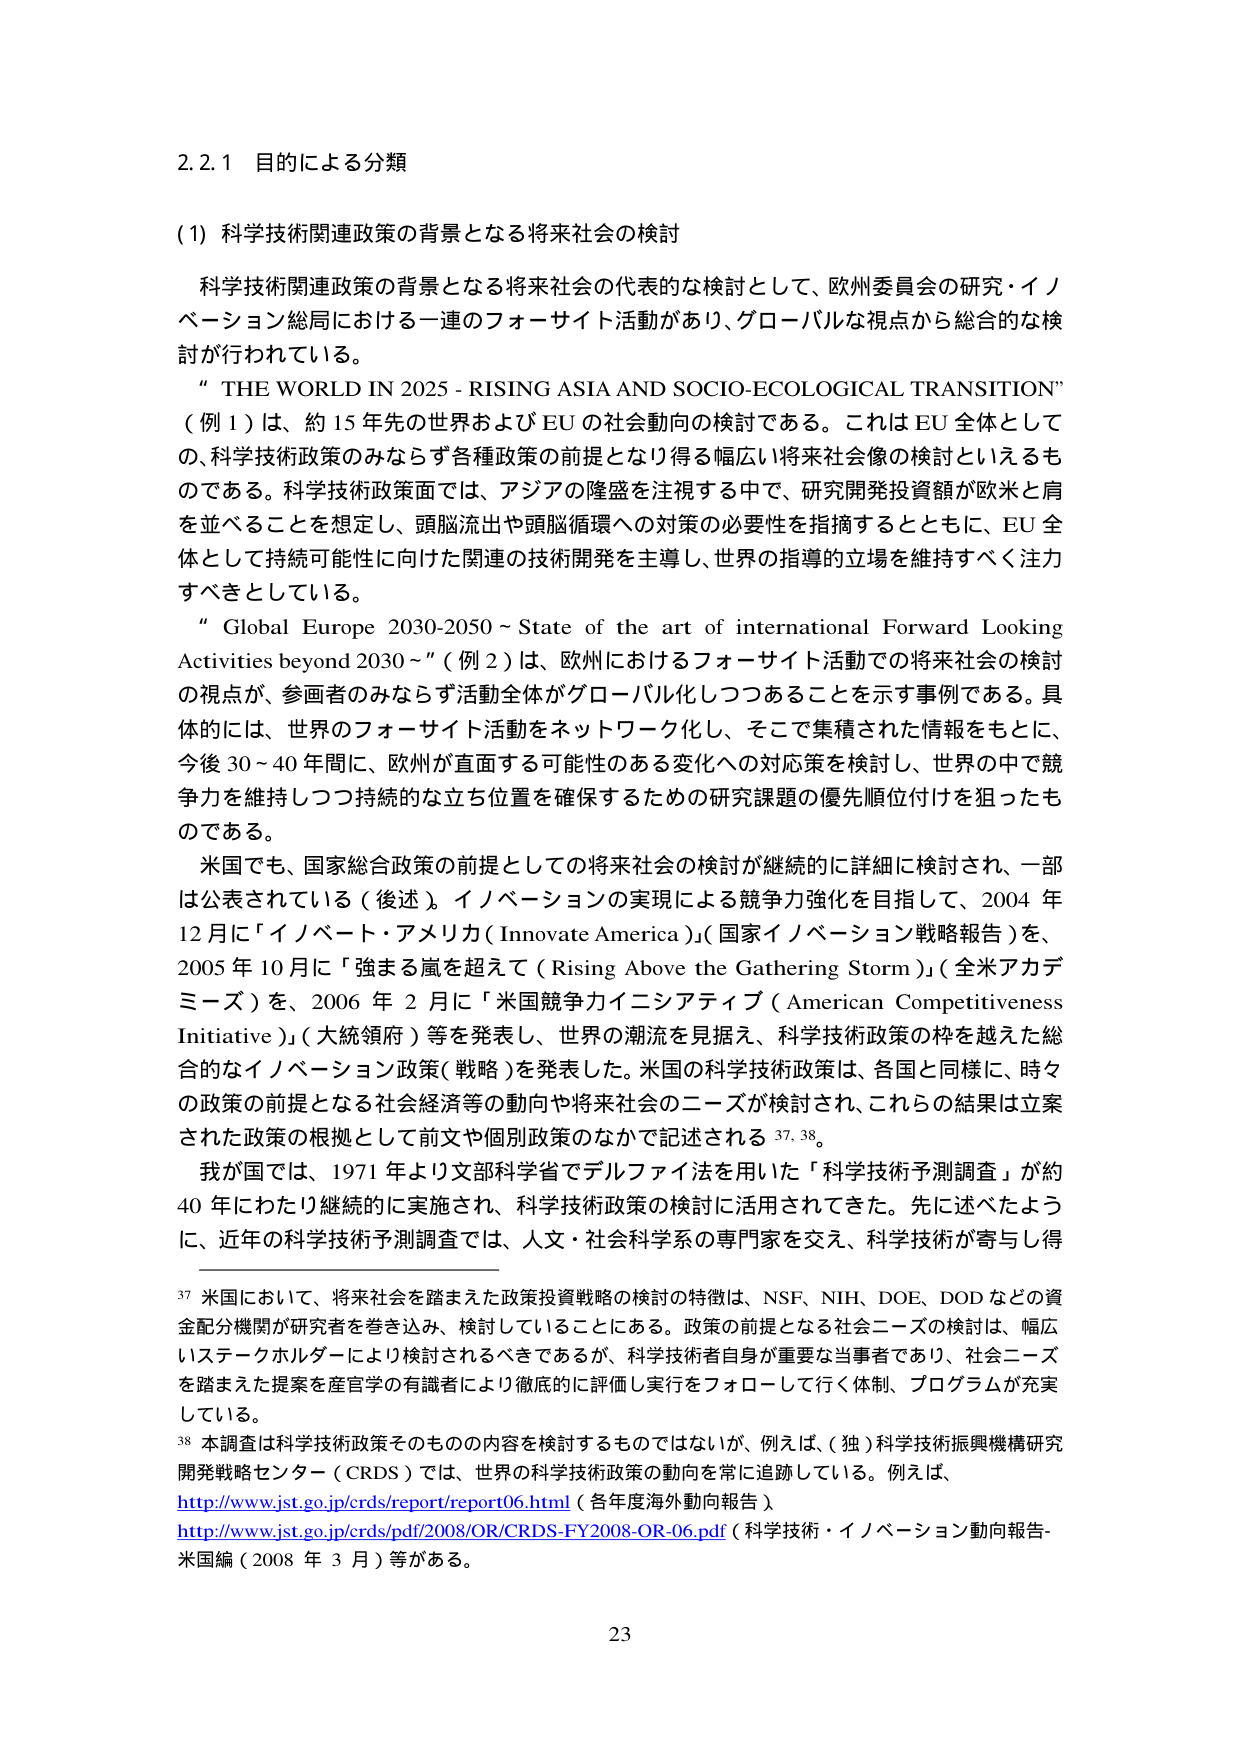
2.2.1 目的による分類

(1) 科学技術関連政策の背景となる将来社会の検討

科学技術関連政策の背景となる将来社会の代表的な検討として、欧州委員会の研究・イノベーション総局における一連のフォーサイト活動があり、グローバルな視点から総合的な検討が行われている。

"THE WORLD IN 2025 - RISING ASIA AND SOCIO-ECOLOGICAL TRANSITION"
（例1）は、約15年先の世界およびEUの社会動向の検討である。これはEU全体としての、科学技術政策のみならず各種政策の前提となり得る幅広い将来社会像の検討といえるものである。科学技術政策面では、アジアの隆盛を注視する中で、研究開発投資額が欧米と肩を並べることを想定し、頭脳流出や頭脳循環への対策の必要性を指摘するとともに、EU全体として持続可能性に向けた関連の技術開発を主導し、世界の指導的立場を維持すべく注力すべきとしている。

"Global Europe 2030-2050 ~ State of the art of international Forward Looking Activities beyond 2030 ~"（例2）は、欧州におけるフォーサイト活動での将来社会の検討の視点が、参画者のみならず活動全体がグローバル化しつつあることを示す事例である。具体的には、世界のフォーサイト活動をネットワーク化し、そこで集積された情報をもとに、今後30～40年間に、欧州が直面する可能性のある変化への対応策を検討し、世界の中で競争力を維持しつつ持続的な立ち位置を確保するための研究課題の優先順位付けを狙ったものである。

米国でも、国家総合政策の前提としての将来社会の検討が継続的に詳細に検討され、一部は公表されている（後述）。イノベーションの実現による競争力強化を目指して、2004年12月に「イノベート・アメリカ（Innovate America）」（国家イノベーション戦略報告）を、2005年10月に「強まる嵐を超えて（Rising Above the Gathering Storm）」（全米アカデミーズ）を、2006年2月に「米国競争力イニシアティブ（American Competitiveness Initiative）」（大統領府）等を発表し、世界の潮流を見据え、科学技術政策の枠を越えた総合的なイノベーション政策（戦略）を発表した。米国の科学技術政策は、各国と同様に、時々の政策の前提となる社会経済等の動向や将来社会のニーズが検討され、これらの結果は立案された政策の根拠として前文や個別政策のなかで記述される37, 38。

我が国では、1971年より文部科学省でデルファイ法を用いた「科学技術予測調査」が約40年にわたり継続的に実施され、科学技術政策の検討に活用されてきた。先に述べたように、近年の科学技術予測調査では、人文・社会科学系の専門家を交え、科学技術が寄与し得

37 米国において、将来社会を踏まえた政策投資戦略の検討の特徴は、NSF、NIH、DOE、DODなどの資金配分機関が研究者を巻き込み、検討していることにある。政策の前提となる社会ニーズの検討は、幅広いステークホルダーにより検討されるべきであるが、科学技術者自身が重要な当事者であり、社会ニーズを踏まえた提案を産官学の有識者により徹底的に評価し実行をフォローして行く体制、プログラムが充実している。

38 本調査は科学技術政策そのものの内容を検討するものではないが、例えば、（独）科学技術振興機構研究開発戦略センター（CRDS）では、世界の科学技術政策の動向を常に追跡している。例えば、
http://www.jst.go.jp/crds/report/report06.html（各年度海外動向報告）
http://www.jst.go.jp/crds/pdf/2008/OR/CRDS-FY2008-OR-06.pdf（科学技術・イノベーション動向報告-米国編（2008年3月）等がある。

23